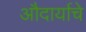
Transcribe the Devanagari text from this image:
औदार्याचे